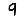
Digit: 9